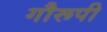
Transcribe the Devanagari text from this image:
गौरूपी